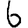
Digit: 6